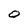
Character: 0